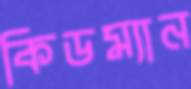
কিডম্যান